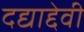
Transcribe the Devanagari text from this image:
दद्याद्देवी